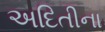
અદિતીના